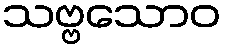
သဗ္ဗသောဝ